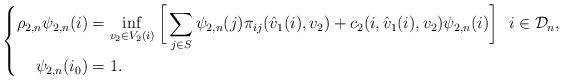
LaTeX: \begin{align*} \left\{\begin{aligned}\rho_{2,n}\psi_{2,n}(i)&=\inf_{v_2\in V_2(i)}\bigg[\sum_{j\in S}\psi_{2,n}(j)\pi_{ij}(\hat{v}_1(i),v_2)+c_2(i,\hat{v}_1(i),v_2)\psi_{2,n}(i)\bigg]~~i\in \mathcal{D}_n,\\\psi_{2,n}(i_0) &= 1. \end{aligned} \right.\end{align*}